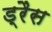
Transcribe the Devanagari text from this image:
ड्रैस